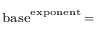
\scriptstyle { \mathrm { b a s e } } ^ { \mathrm { e x p o n e n t } } \, =